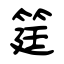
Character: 筳